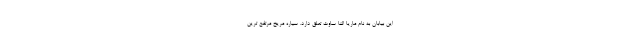
این بیابان به نام ماریا النا ساوث تعلق دارد. سیاره مریخ مرتفع ترین